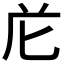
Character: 𭅐